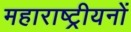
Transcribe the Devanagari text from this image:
महाराष्ट्रीयनों